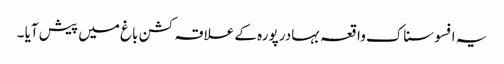
یہ افسوسناک واقعہ بہادر پورہ کے علاقہ کشن باغ میں پیش آیا ۔